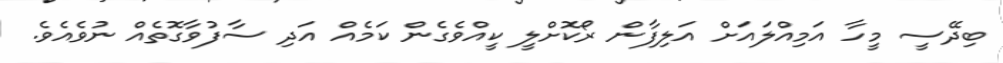
ބިދޭސީ މީހާ އަމިއްލައަށް އަލިފާން ރޯކޮށްލީ ކީއްވެގެން ކަމެއް އަދި ސާފުވާގޮތެއް ނުވެއެވެ.